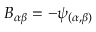
B _ { \alpha \beta } = - \psi _ { ( \alpha , \beta ) }